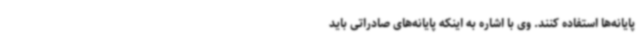
پایانه‌ها استفاده کنند. وی با اشاره به اینکه پایانه‌های صادراتی باید